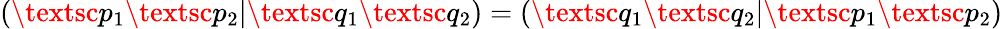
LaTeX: (\textsc{p}_{1}\textsc{p}_{2}|\textsc{q}_{1}\textsc{q}_{2})=(\textsc{q}_{1}\textsc{q}_{2}|\textsc{p}_{1}\textsc{p}_{2})